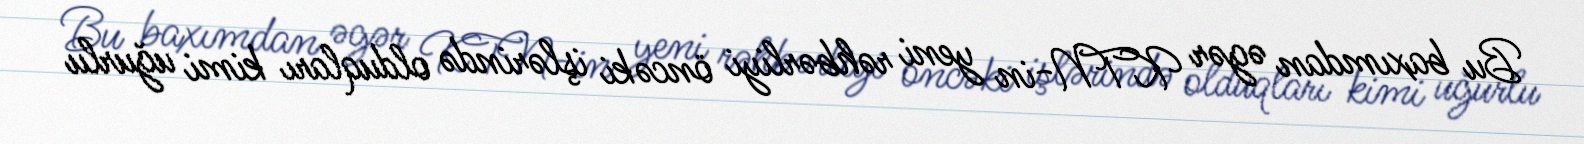
Bu baxımdan əgər KTN-in yeni rəhbərliyi öncəki işlərində olduqları kimi uğurlu